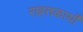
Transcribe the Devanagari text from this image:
राहतकार्यों